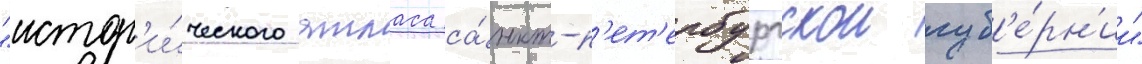
"истор'и́ческого атласа са́нкт-п'ет'ербургскои губ'е́рн'ии"